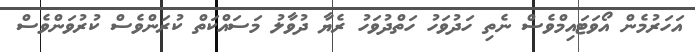
އަހަރުމެން އޯވަޓައިމްވެސް ނެތި ހަދުވަހު ހަތްދުވަހު ރެޔާ ދުވާލު މަސައްކަތް ކުރަންވެސް ކުރުވަންވެސް